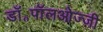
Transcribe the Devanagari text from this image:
डॉ॰पॉलओज्ज़ी